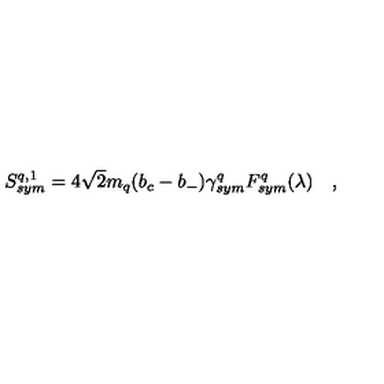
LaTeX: S _ { s y m } ^ { q , 1 } = 4 \sqrt { 2 } m _ { q } ( b _ { c } - b _ { - } ) \gamma _ { s y m } ^ { q } F _ { s y m } ^ { q } ( \lambda ) \quad ,